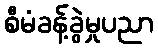
စီမံခန့်ခွဲမှုပညာ